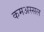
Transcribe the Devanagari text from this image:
कमअस्सल